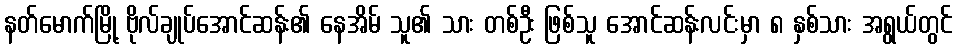
နတ်မောက်မြို့ ဗိုလ်ချုပ်အောင်ဆန်း၏ နေအိမ် သူ၏ သား တစ်ဦး ဖြစ်သူ အောင်ဆန်းလင်းမှာ ၈ နှစ်သား အရွယ်တွင်